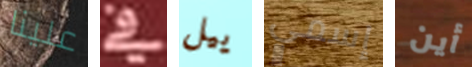
علينا في ييل إسمي أين